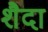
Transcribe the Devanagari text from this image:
शैदा